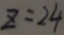
z = 2 4